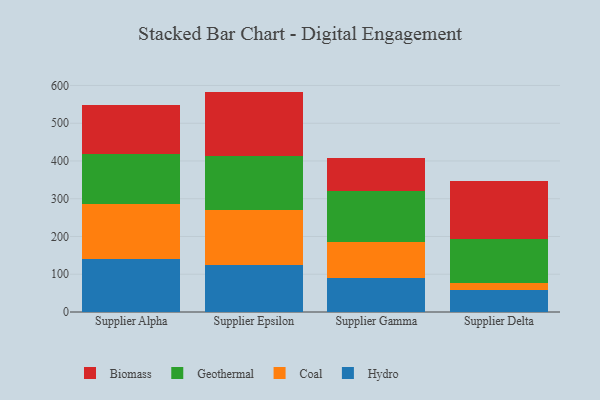
{"axis": {"x": "Supplier", "y": "Shipments"}, "legend": ["Biomass", "Coal", "Geothermal", "Hydro"], "data": [{"x": "Supplier Alpha", "y": 141.6, "type": "Hydro"}, {"x": "Supplier Alpha", "y": 145.0, "type": "Coal"}, {"x": "Supplier Alpha", "y": 131.6, "type": "Geothermal"}, {"x": "Supplier Alpha", "y": 130.8, "type": "Biomass"}, {"x": "Supplier Epsilon", "y": 124.1, "type": "Hydro"}, {"x": "Supplier Epsilon", "y": 145.6, "type": "Coal"}, {"x": "Supplier Epsilon", "y": 143.8, "type": "Geothermal"}, {"x": "Supplier Epsilon", "y": 170.3, "type": "Biomass"}, {"x": "Supplier Gamma", "y": 90.3, "type": "Hydro"}, {"x": "Supplier Gamma", "y": 94.5, "type": "Coal"}, {"x": "Supplier Gamma", "y": 135.5, "type": "Geothermal"}, {"x": "Supplier Gamma", "y": 86.6, "type": "Biomass"}, {"x": "Supplier Delta", "y": 59.6, "type": "Hydro"}, {"x": "Supplier Delta", "y": 18.5, "type": "Coal"}, {"x": "Supplier Delta", "y": 116.4, "type": "Geothermal"}, {"x": "Supplier Delta", "y": 152.3, "type": "Biomass"}]}